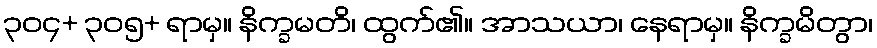
၃၀၄+ ၃၀၅+ ရာမှ။ နိက္ခမတိ၊ ထွက်၏။ အာသယာ၊ နေရာမှ။ နိက္ခမိတွာ၊